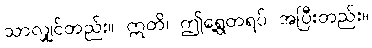
သာလျှင်တည်း။ ဣတိ၊ ဤရွေ့တရပ် အပြီးတည်း။